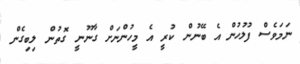
ނަމަވެސް ފުލުހުން އެ ބޭނުން ކުރީ އެ މީހުންނަށް ގާނޫނީ ގޮތުން ލިބިގެން